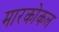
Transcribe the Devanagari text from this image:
मारकोकल